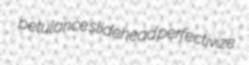
petulance slidehead perfectivize